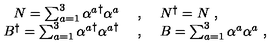
\begin{array} { r c l } { N = \sum _ { a = 1 } ^ { 3 } { \alpha ^ { a } } ^ { \dagger } \alpha ^ { a } \ } & { , } & { \ N ^ { \dagger } = N \ , } \\ { B ^ { \dagger } = \sum _ { a = 1 } ^ { 3 } { \alpha ^ { a } } ^ { \dagger } { \alpha ^ { a } } ^ { \dagger } \ } & { , } & { \ B = \sum _ { a = 1 } ^ { 3 } \alpha ^ { a } \alpha ^ { a } \ , } \\ \end{array}